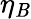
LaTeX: \eta_{\mathit{B}}